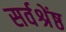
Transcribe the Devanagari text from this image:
सर्वश्रेंष्ठ